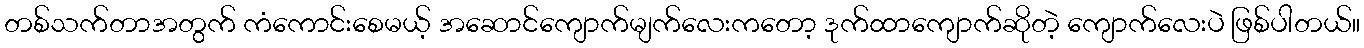
တစ်သက်တာအတွက် ကံကောင်းစေမယ့် အဆောင်ကျောက်မျက်လေးကတော့ ဒုက်ထာကျောက်ဆိုတဲ့ ကျောက်လေးပဲ ဖြစ်ပါတယ်။